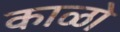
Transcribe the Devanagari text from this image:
काळो